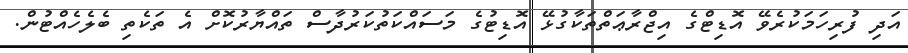
އަދި ފުރިހަމަކުރެވޭ އޮޑިޓްގެ އިޖްރާޢަތްތަކާގުޅޭ އޮޑިޓުގެ މަސައްކަތުކަރުދާސް ތައްޔާރުކޮށް އެ ތަކެތި ބެލެހެއްޓުން.